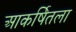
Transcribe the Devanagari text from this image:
आकर्षितला